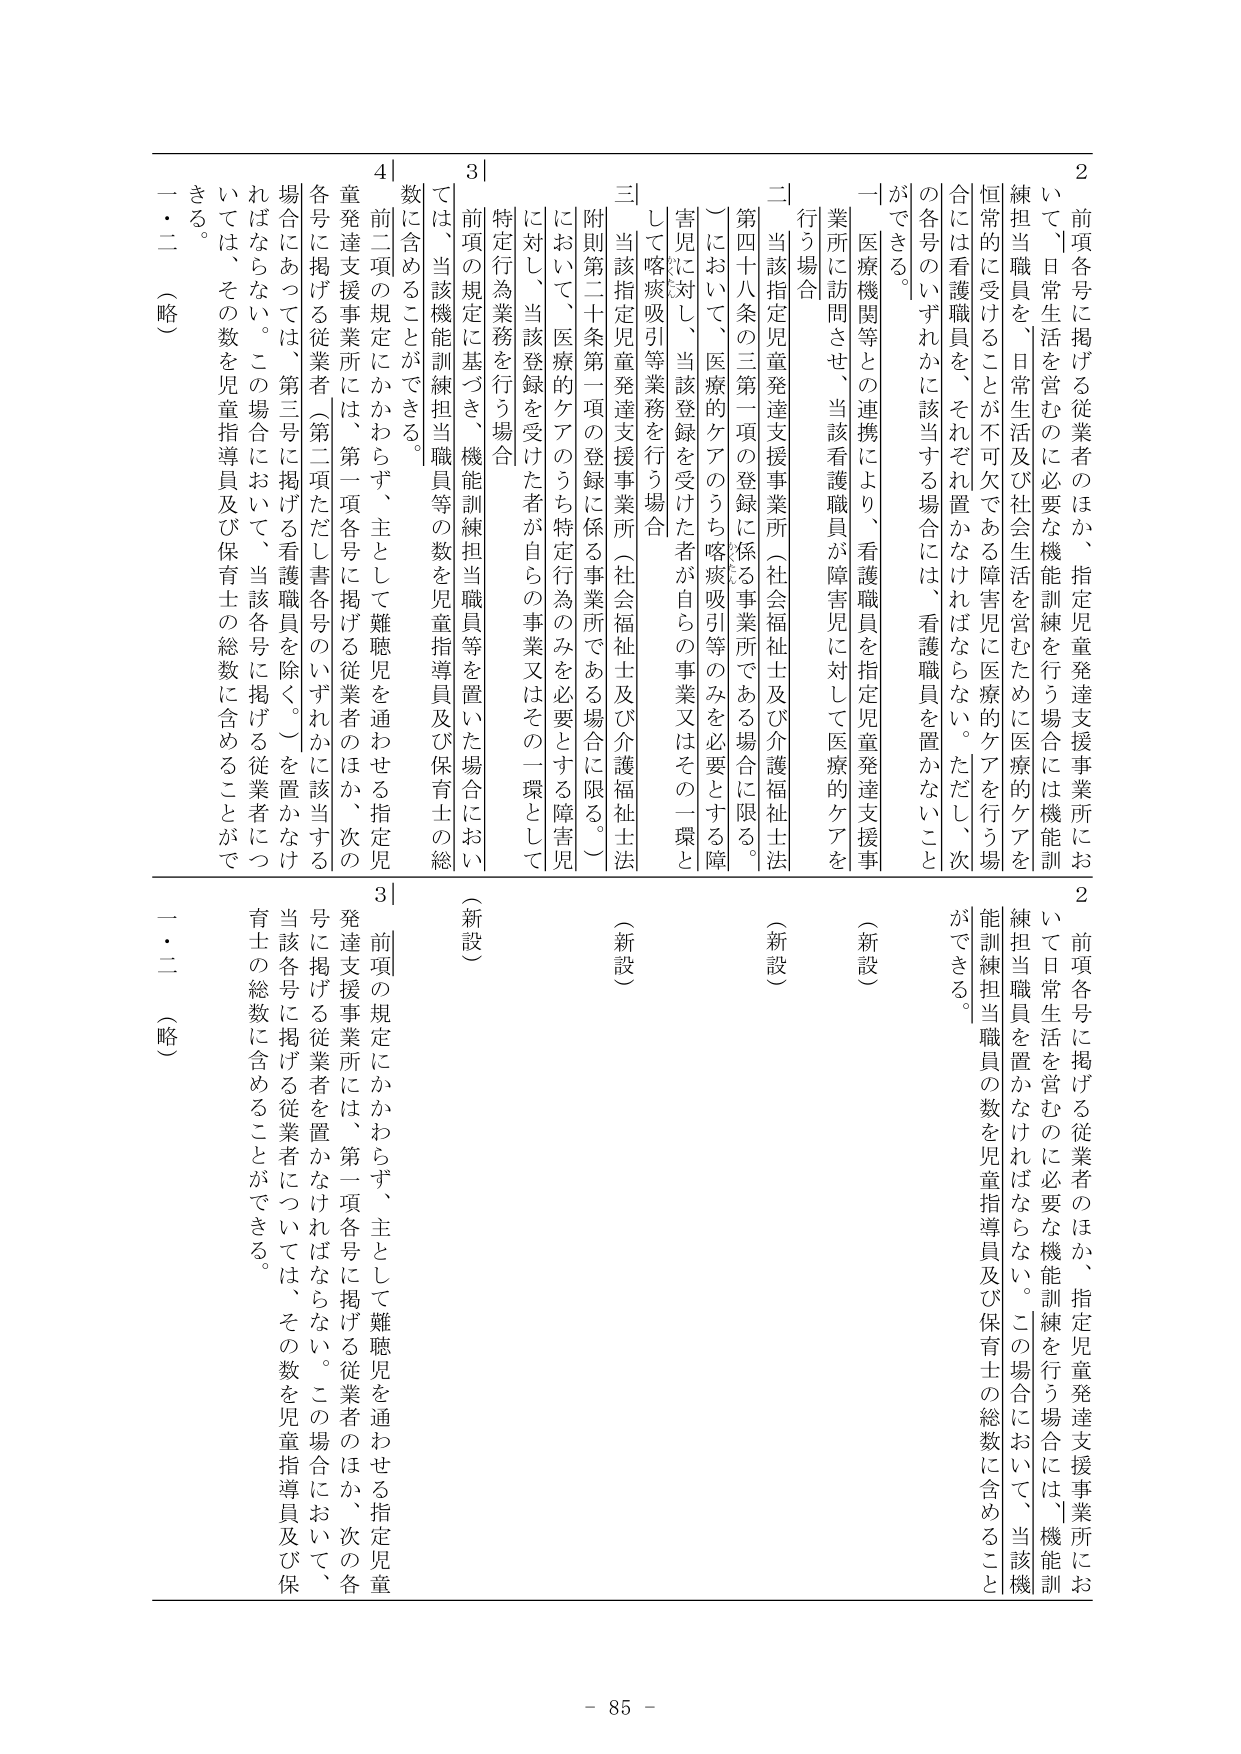
2 前項各号に掲げる従業者のほか、指定児童発達支援事業所において日常生活を営むのに必要な機能訓練を行う場合には、機能訓練担当職員を、日常生活及び社会生活を営むために医療的ケアを行う場合に は看護職員を、それぞれ置かなければならない。ただし、次の各号のいずれかに該当する場合には、看護職員を置かないことができる。

一 医療機関等との連携により、看護職員が障害児に対して医療的ケアを行う場合

二 当該指定児童発達支援事業所（社会福祉士及び介護福祉士法第四十八条の三第一項の登録に係る事業所である場合に限る。）において、医療的ケアのうち喀痰吸引等のみを必要とする障害児に対して、当該登録を受けた者が自らの事業又はその一環として喀痰吸引等業務を行う場合

三 当該指定児童発達支援事業所（社会福祉士及び介護福祉士法附則第二十条第一項の登録に係る事業所である場合に限る。）において、医療的ケアのうち特定行為のみを必要とする障害児に対して、当該登録を受けた者が自らの事業又はその一環として特定行為業務を行う場合

3 前項の規定に基づき、機能訓練担当職員等を置いた場合においては、当該機能訓練担当職員等の数を児童指導員及び保育士の総数に含めることができる。

4 前二項の規定にかかわらず、主として難聴児を通わせる指定児童発達支援事業所には、第一項各号に掲げる従業者のほか、次の各号に掲げる従業者（第二項ただし書各号のいずれかに該当する場合にあっては、第三号に掲げる看護職員を除く。）を置かなければならない。この場合において、当該各号に掲げる従業者については、その数を児童指導員及び保育士の総数に含めることができる。

一・二 （略）

2 前項各号に掲げる従業者のほか、指定児童発達支援事業所において日常生活を営むのに必要な機能訓練を行う場合には、機能訓練担当職員を置かなければならない。この場合において、当該機能訓練担当職員の数を児童指導員及び保育士の総数に含めることができる。

（新設）

（新設）

（新設）

3 前項の規定にかかわらず、主として難聴児を通わせる指定児童発達支援事業所には、第一項各号に掲げる従業者のほか、次の各号に掲げる従業者を置かなければならない。この場合において、当該各号に掲げる従業者については、その数を児童指導員及び保育士の総数に含めることができる。

一・二 （略）

- 85 -